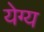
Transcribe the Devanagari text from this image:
येग्य